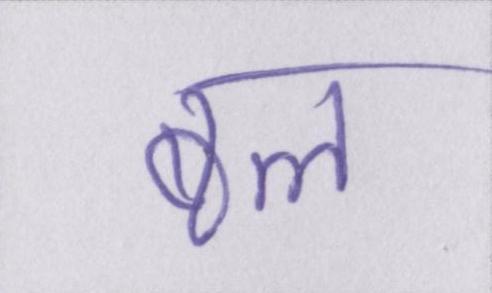
बल